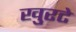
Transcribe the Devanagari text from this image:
खुरटे